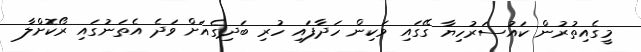
މީގެއިތުރުން ކައުސަރުހިޔާ ގޭގައި ވަކިން ހަދާފައި ހުރި ބަދިގެއަށް ވަދެ އެތަނުގައި ރޯކޮށްލާ